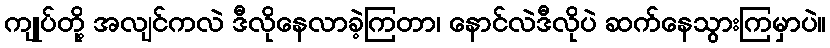
ကျုပ်တို့ အလျင်ကလဲ ဒီလိုနေလာခဲ့ကြတာ၊ နောင်လဲဒီလိုပဲ ဆက်နေသွားကြမှာပဲ။